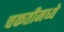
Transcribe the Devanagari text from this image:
चकतीमध्ये